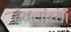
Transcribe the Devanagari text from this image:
देवलांच्या